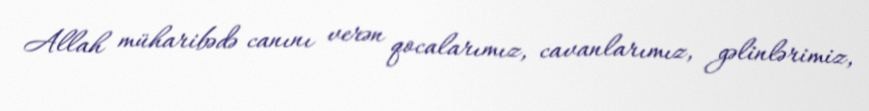
Allah müharibədə canını verən qocalarımız, cavanlarımız, gəlinlərimiz,